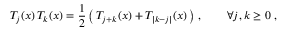
T _ { j } ( x ) \, T _ { k } ( x ) = { \frac { 1 } { 2 } } \left( \, T _ { j + k } ( x ) + T _ { | k - j | } ( x ) \, \right) \, , \qquad \forall j , k \geq 0 ~ ,